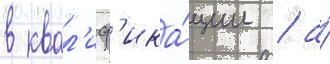
в квал'иф'ика́ции / а́